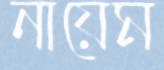
নায়েম